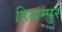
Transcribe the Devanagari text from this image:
हिसम्पुर